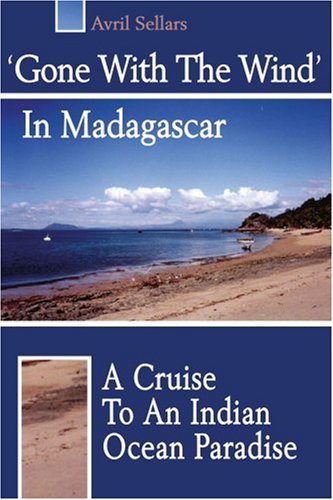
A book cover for Gone With The Wind In Madagascar: A Cruise To An Indian Ocean Paradise; Avril Sellars; Travel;